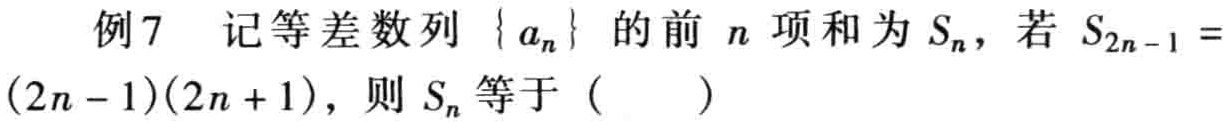
例7 记等差数列\(\{ a_{n}\}\)的前\(n\)项和为\(S_{n}\)，若\(S_{2n - 1} = (2n - 1)(2n + 1)\)，则\(S_{n}\)等于（  ）